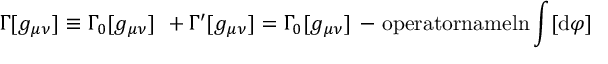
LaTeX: \Gamma [ g _ { \mu \nu } ] \equiv \Gamma _ { 0 } [ g _ { \mu \nu } ] ~ + \Gamma ^ { \prime } [ g _ { \mu \nu } ] = \Gamma _ { 0 } [ g _ { \mu \nu } ] ~ \mathrm { - \ o p e r a t o r n a m e { l n } } \int [ \mathrm { d } \varphi ] ~